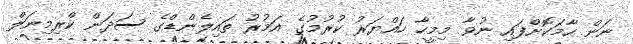
ނަން ހާމަކޮށްފައި ނުވާ މިމީހާ ހައްޔަރު ކުރުމުގެ އަމުރު ތައިލެންޑްގެ ސަދަން ކްރިމިނަލް